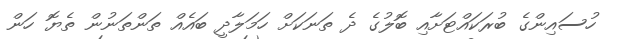
ހުސައިންގެ ބުރަކައްޓަށާއި ބޮލުގެ ދެ ތަނަކަށް ހަމަލާދީ ބައެއް ތަންތަނުން ތެޔޮ ހަން